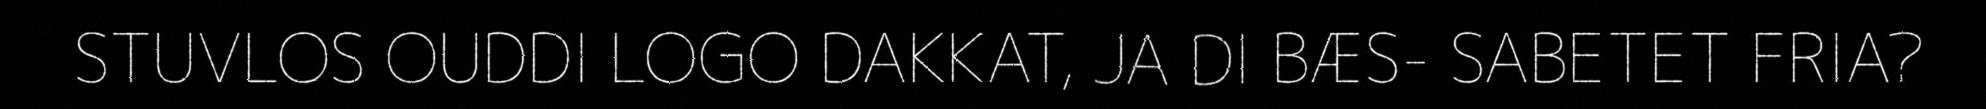
STUVLOS OUDDI LOGO DAKKAT, JA DI BÆS- SABETET FRIA?